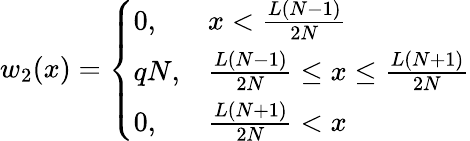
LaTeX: \begin{array}{r}{w_{2}(x)=\left\{ \begin{array}{ll}{0,}&{x<\frac{L(N-1)}{2N}}\\ {qN,}&{\frac{L(N-1)}{2N}\leq x\leq\frac{L(N+1)}{2N}}\\ {0,}&{\frac{L(N+1)}{2N}<x}\end{array}\right.}\end{array}